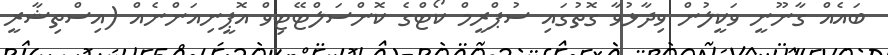
ބައެއް ގާނޫނީ ވަކީލުން ވިދާޅުވާ ގޮތުގައި ސުޕްރީމް ކޯޓްގެ ކޮންސަލްޓޭޓިވް އޮޕީނިއަންނެއް (އިސްތިޝާރީ